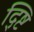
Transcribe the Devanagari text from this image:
द्ष्टि